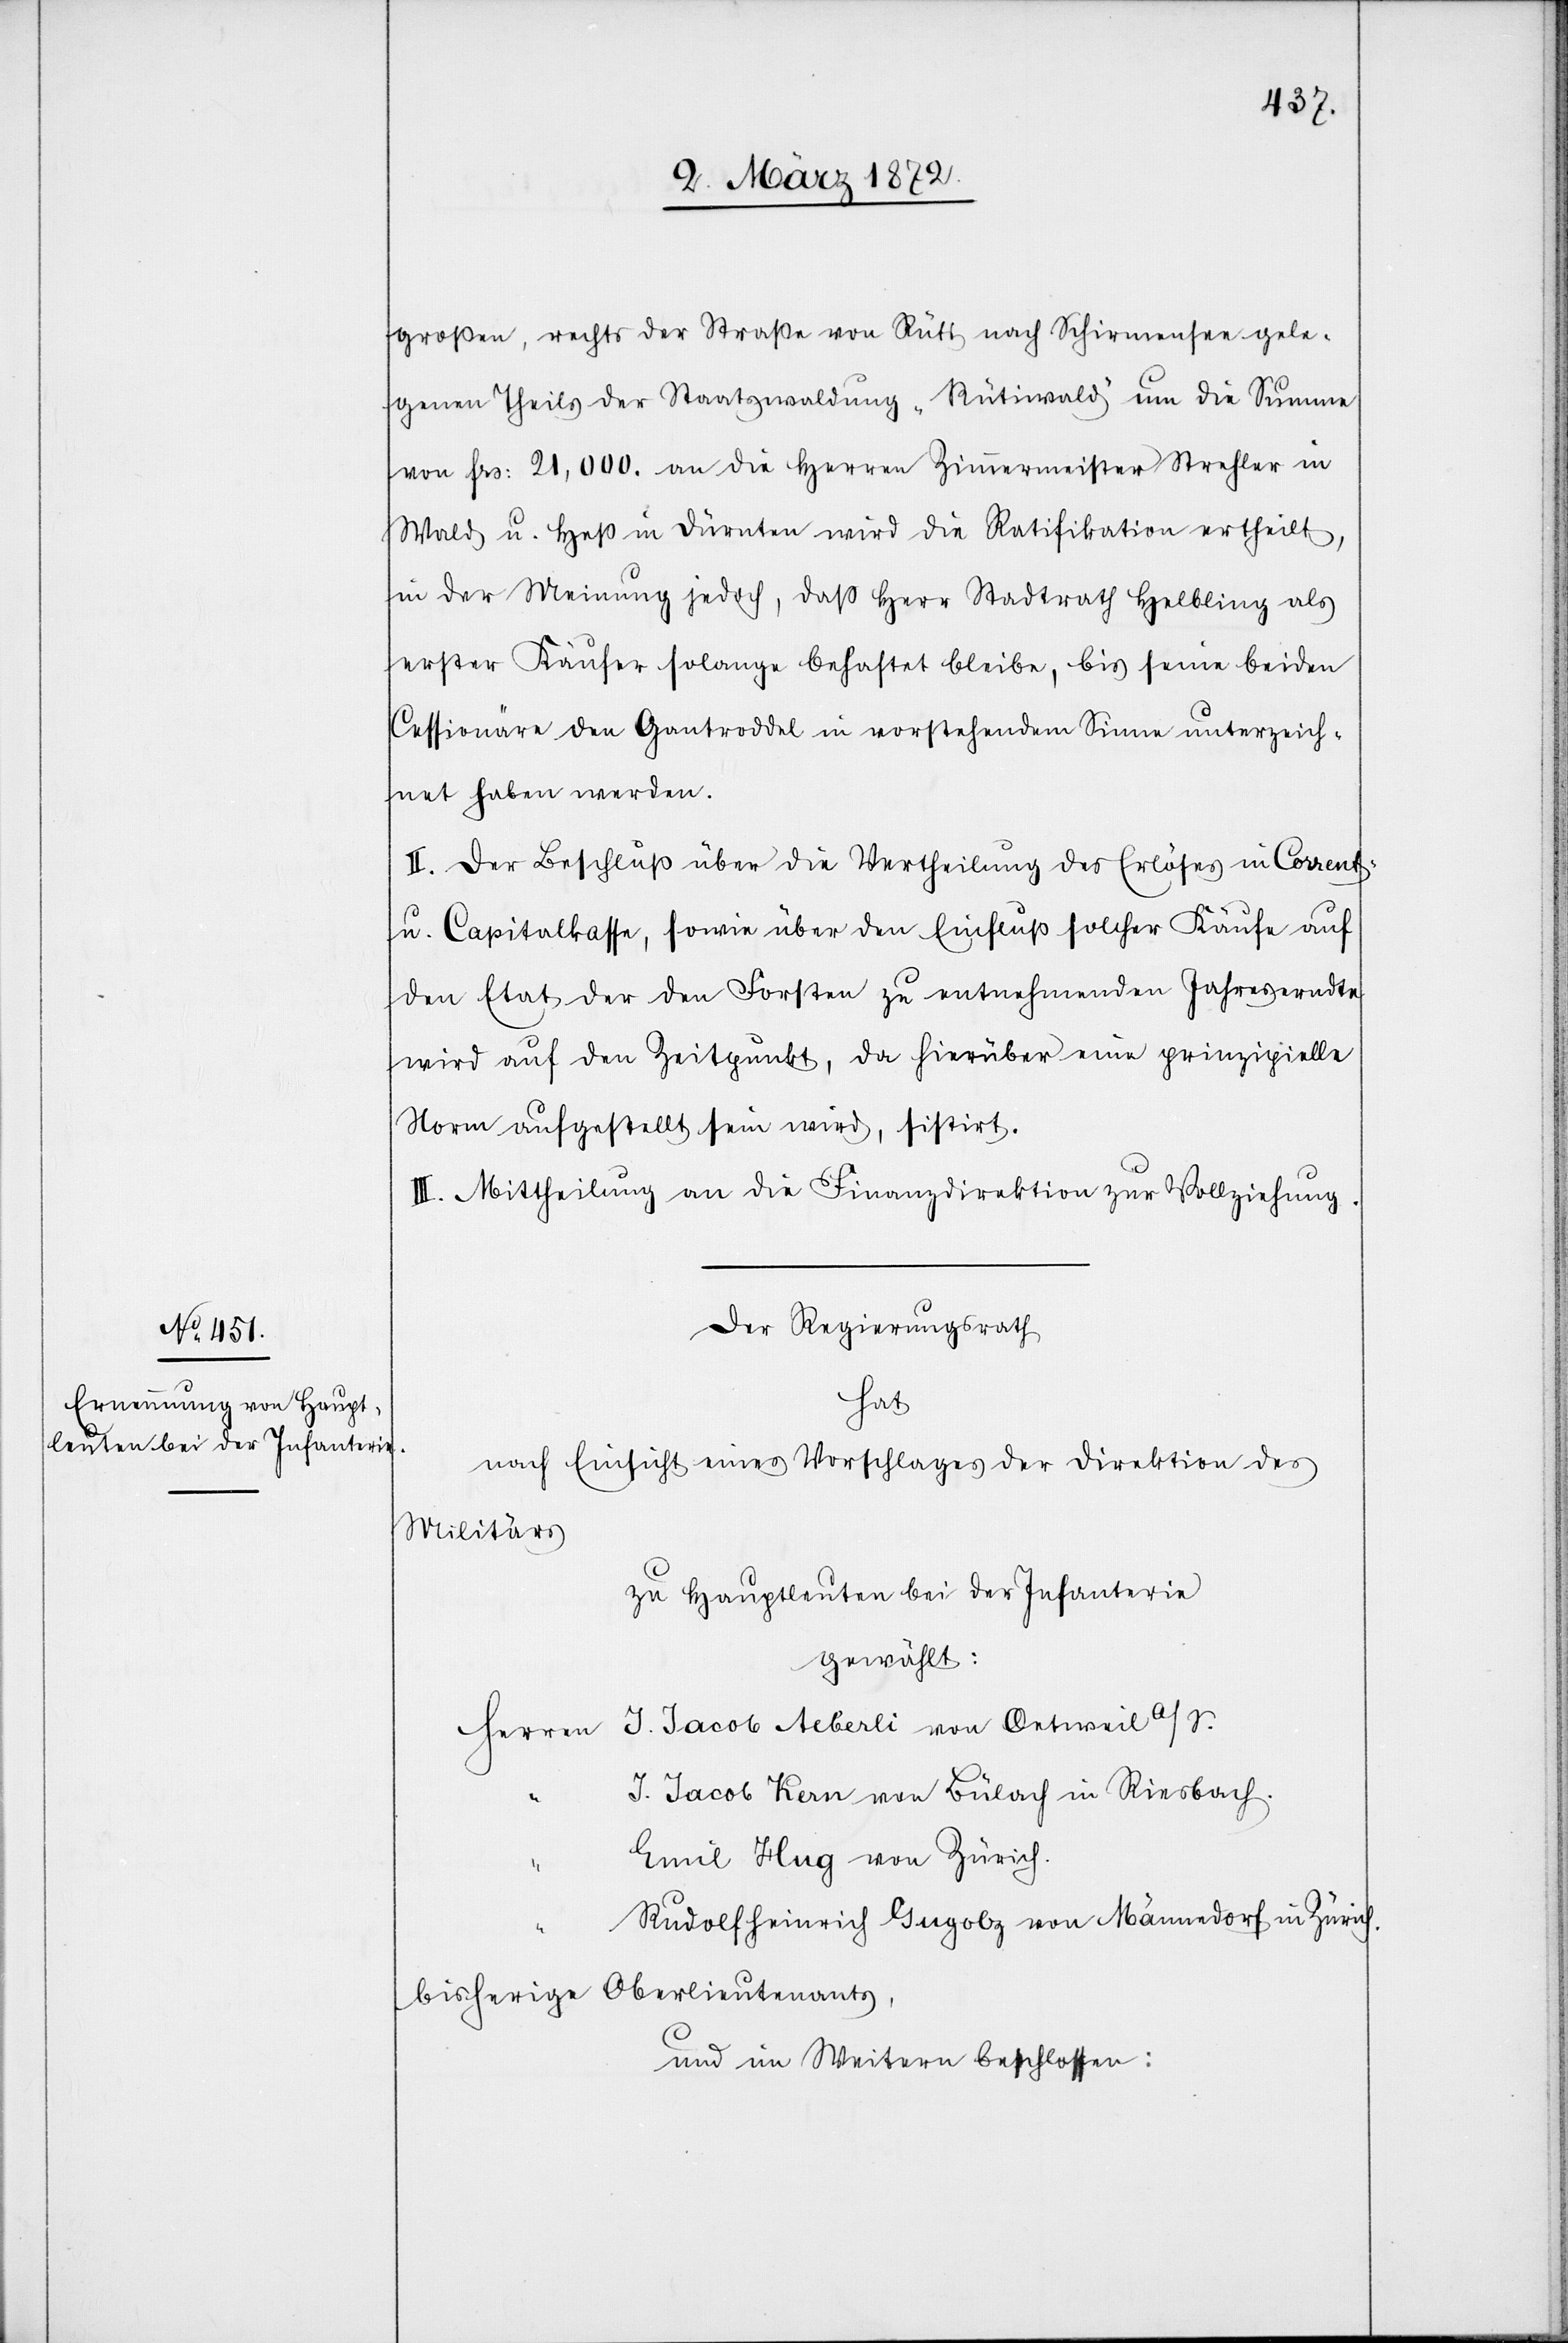
großen, rechts der Straße von Rüti nach Schirmensen gele¬
genen Theils der Staatswaldung „Rütiwald“ um die Summe
von frs. 21,000. an die Herren Zimmermeister Strehler in
Wald u. Heß in Dürnten wird die Ratifikation ertheilt,
in der Meinung jedoch, daß Herr Stadtrath Helbling als
erster Käufer solange behaftet bleibe, bis seine beiden
Cessionäre den Gantroddel in vorstehendem Sinne unterzeich¬
net haben werden.
II. Der Beschluß über die Vertheilung des Erlöses in Corrent-
u. Capitalkasse, sowie über den Einfluß solcher Käufe auf
den Etat der den Forsten zu entnehmenden Jahreserndte
wird auf den Zeitpunkt, da hierüber eine prinzipielle
Norm aufgestellt sein wird, sisitirt.
III. Mittheilung an die Finanzdirektion zur Vollziehung.
Der Regierungsrath
hat
nach Einsicht eines Antrages der Direktion des
Militärs
zu Hauptleuten bei der Infanterie
gewählt:
J. Jacob Aeberli von Oetweil a/S.
J. Jacob Kern von Bülach in Riesbach.
Emil Hug von Zürich.
bisherige Oberlieutenants,
und im Weitern beschlossen: